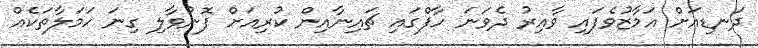
ދަނޑިއަށް އަމާޒުވެފައި ވާއިރު ދެވަނަ ހާފްގައި ޗައިނާއިން ކުރިއަށް ފޮނުވާލި ގިނަ ހަމަލާތަކެއް